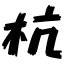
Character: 杭